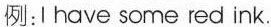
例: l have some red ink.